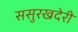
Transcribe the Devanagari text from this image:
ससुरखदेरी